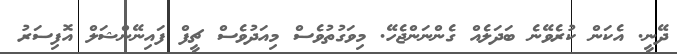
ދޭނީ. އެކަން ކުރެވޭނެ ބަދަލެއް ގެންނަންޖެހޭ. މިވަގުތުވެސް މިއަދުވެސް ޗީފް ފައިނޭންޝަލް އޮފިސަރު